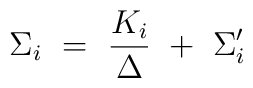
\Sigma_i ~=~ \frac{K_i}{\Delta} ~+~ \Sigma_i^\prime